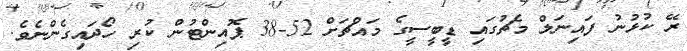
ރޭ ކުޅުނު ފައިނަލް މެޗުގައި ޑީބީސީގެ މައްޗަށް 52-38 ޕޮއިންޓުން ކުރި ހޯދައިގެންނެވެ.